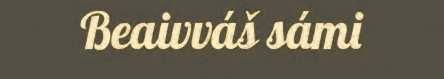
Beaivváš sámi